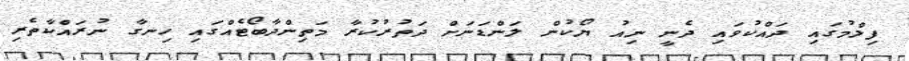
ފިލްމުގައި ދައްކުވައި ދެނީ ނިއު ޔޯކުން ލަންޑަނަށް ދަތުރުކުރާ މަތިންދާބޯޓެއްގައި ހިނގާ ނުރައްކާތެރި